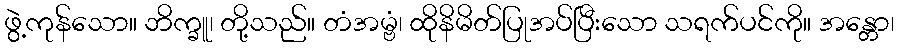
ဖွဲ့ကုန်သော။ ဘိက္ခူ၊ တို့သည်။ တံအမ္ဗံ၊ ထိုနိမိတ်ပြုအပ်ပြီးသော သရက်ပင်ကို။ အန္တော၊